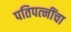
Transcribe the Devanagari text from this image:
पतिपत्‍नींचा